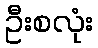
ဦးစလုံး